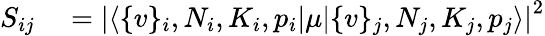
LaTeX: \begin{array}{rl}{S_{ij}}&{{}=\left\lvert\langle\{ v\} _{i},N_{i},K_{i},p_{i}\lvert\mu\lvert\{ v\} _{j},N_{j},K_{j},p_{j}\rangle\right\lvert^{2}}\end{array}